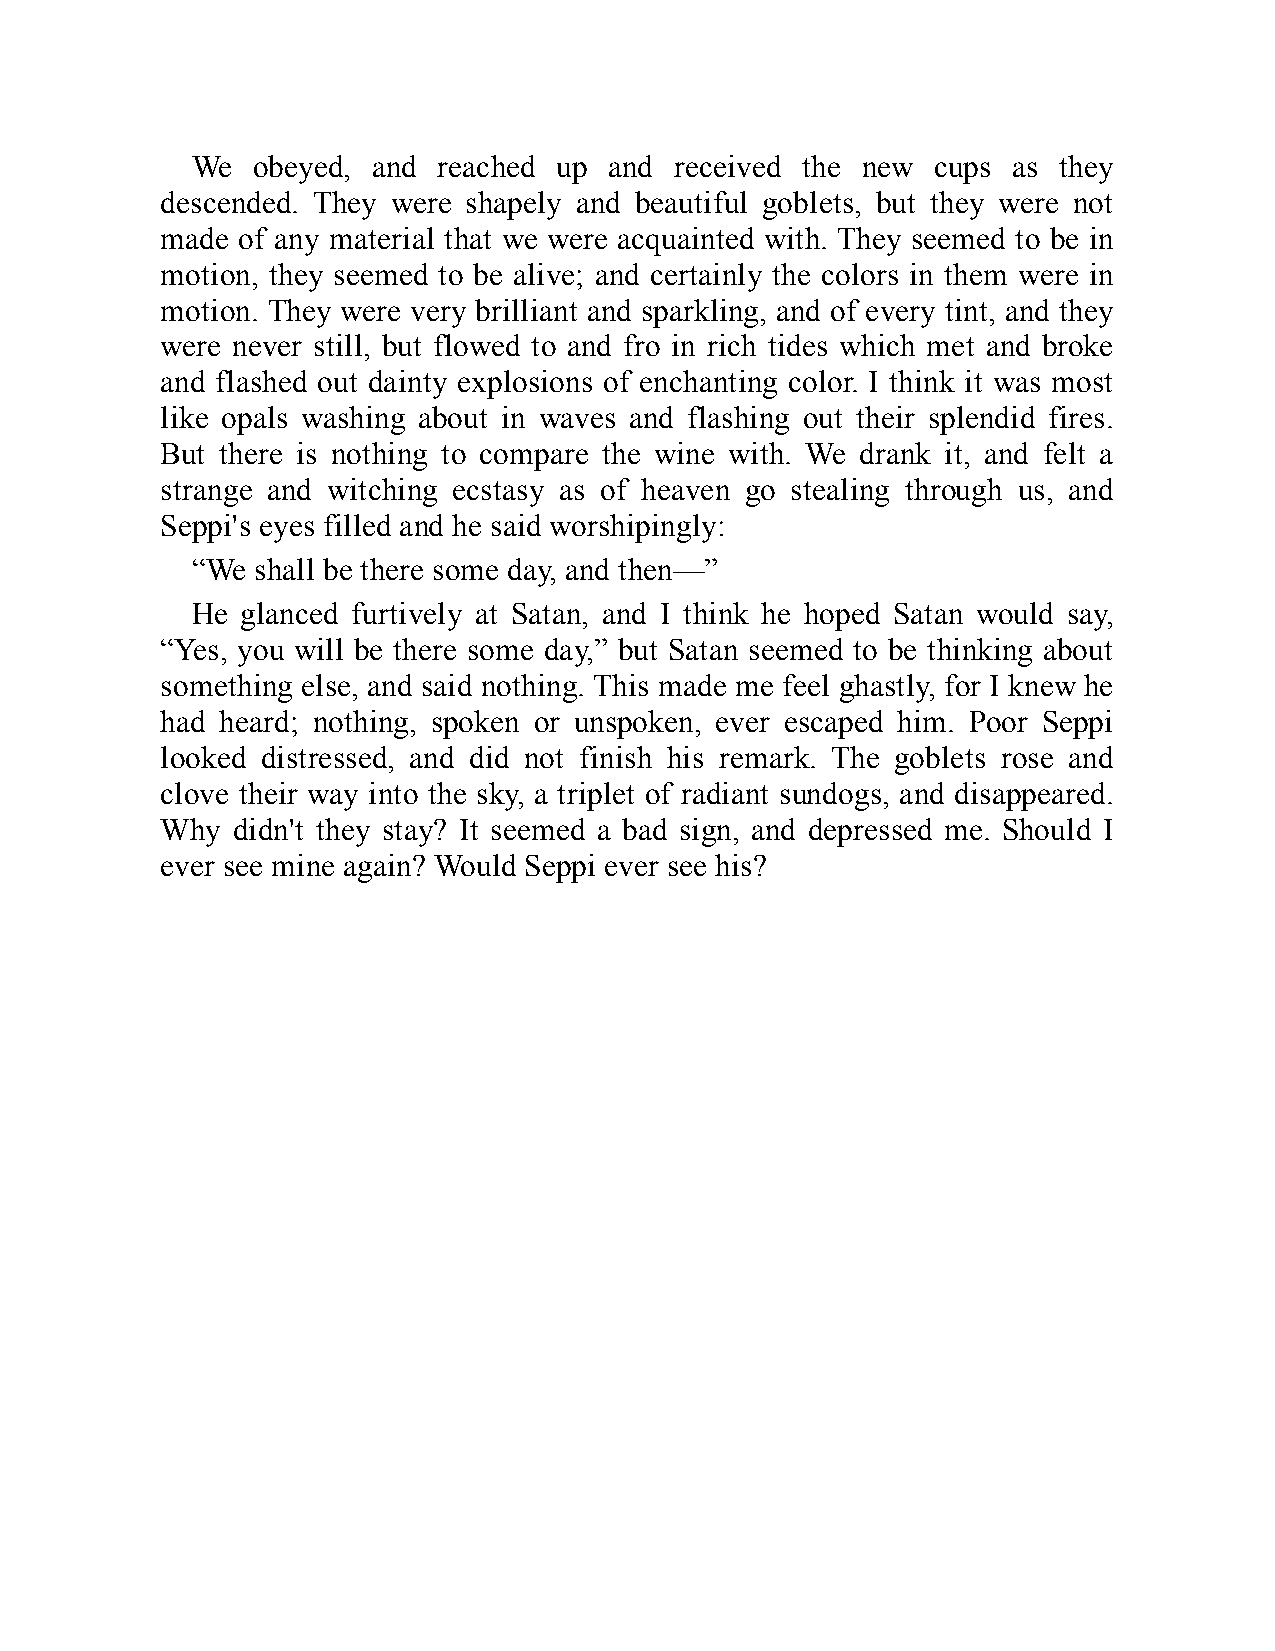
We  obeyed, and reached up and  received the new cups as they
 descended. They were shapely and beautiful goblets, but they were not
 made of any material that we were acquainted with. They seemed to be in
 motion, they seemed to be alive; and certainly the colors in them were in
 motion. They were very brilliant and sparkling, and of every tint, and they
 were never still, but flowed to and fro in rich tides which met and broke
 and flashed out dainty explosions of enchanting color. I think it was most
 like opals washing about in waves and flashing out their splendid fires.
 But there is nothing to compare the wine with. We drank it, and felt a
 strange and witching ecstasy as of heaven go stealing through us, and
 Seppi's eyes filled and he said worshipingly:
 “We shall be there some day, and then—”
 He glanced furtively at Satan, and I think he hoped Satan would say,
 “Yes, you will be there some day,” but Satan seemed to be thinking about
 something else, and said nothing. This made me feel ghastly, for I knew he
 had heard; nothing, spoken or unspoken, ever escaped him. Poor Seppi
 looked distressed, and did not finish his remark. The goblets rose and
 clove their way into the sky, a triplet of radiant sundogs, and disappeared.
 Why didn't they stay? It seemed a bad sign, and depressed me. Should I
 ever see mine again? Would Seppi ever see his?